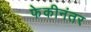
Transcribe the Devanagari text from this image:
फेकीनंतर